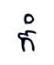
កំ